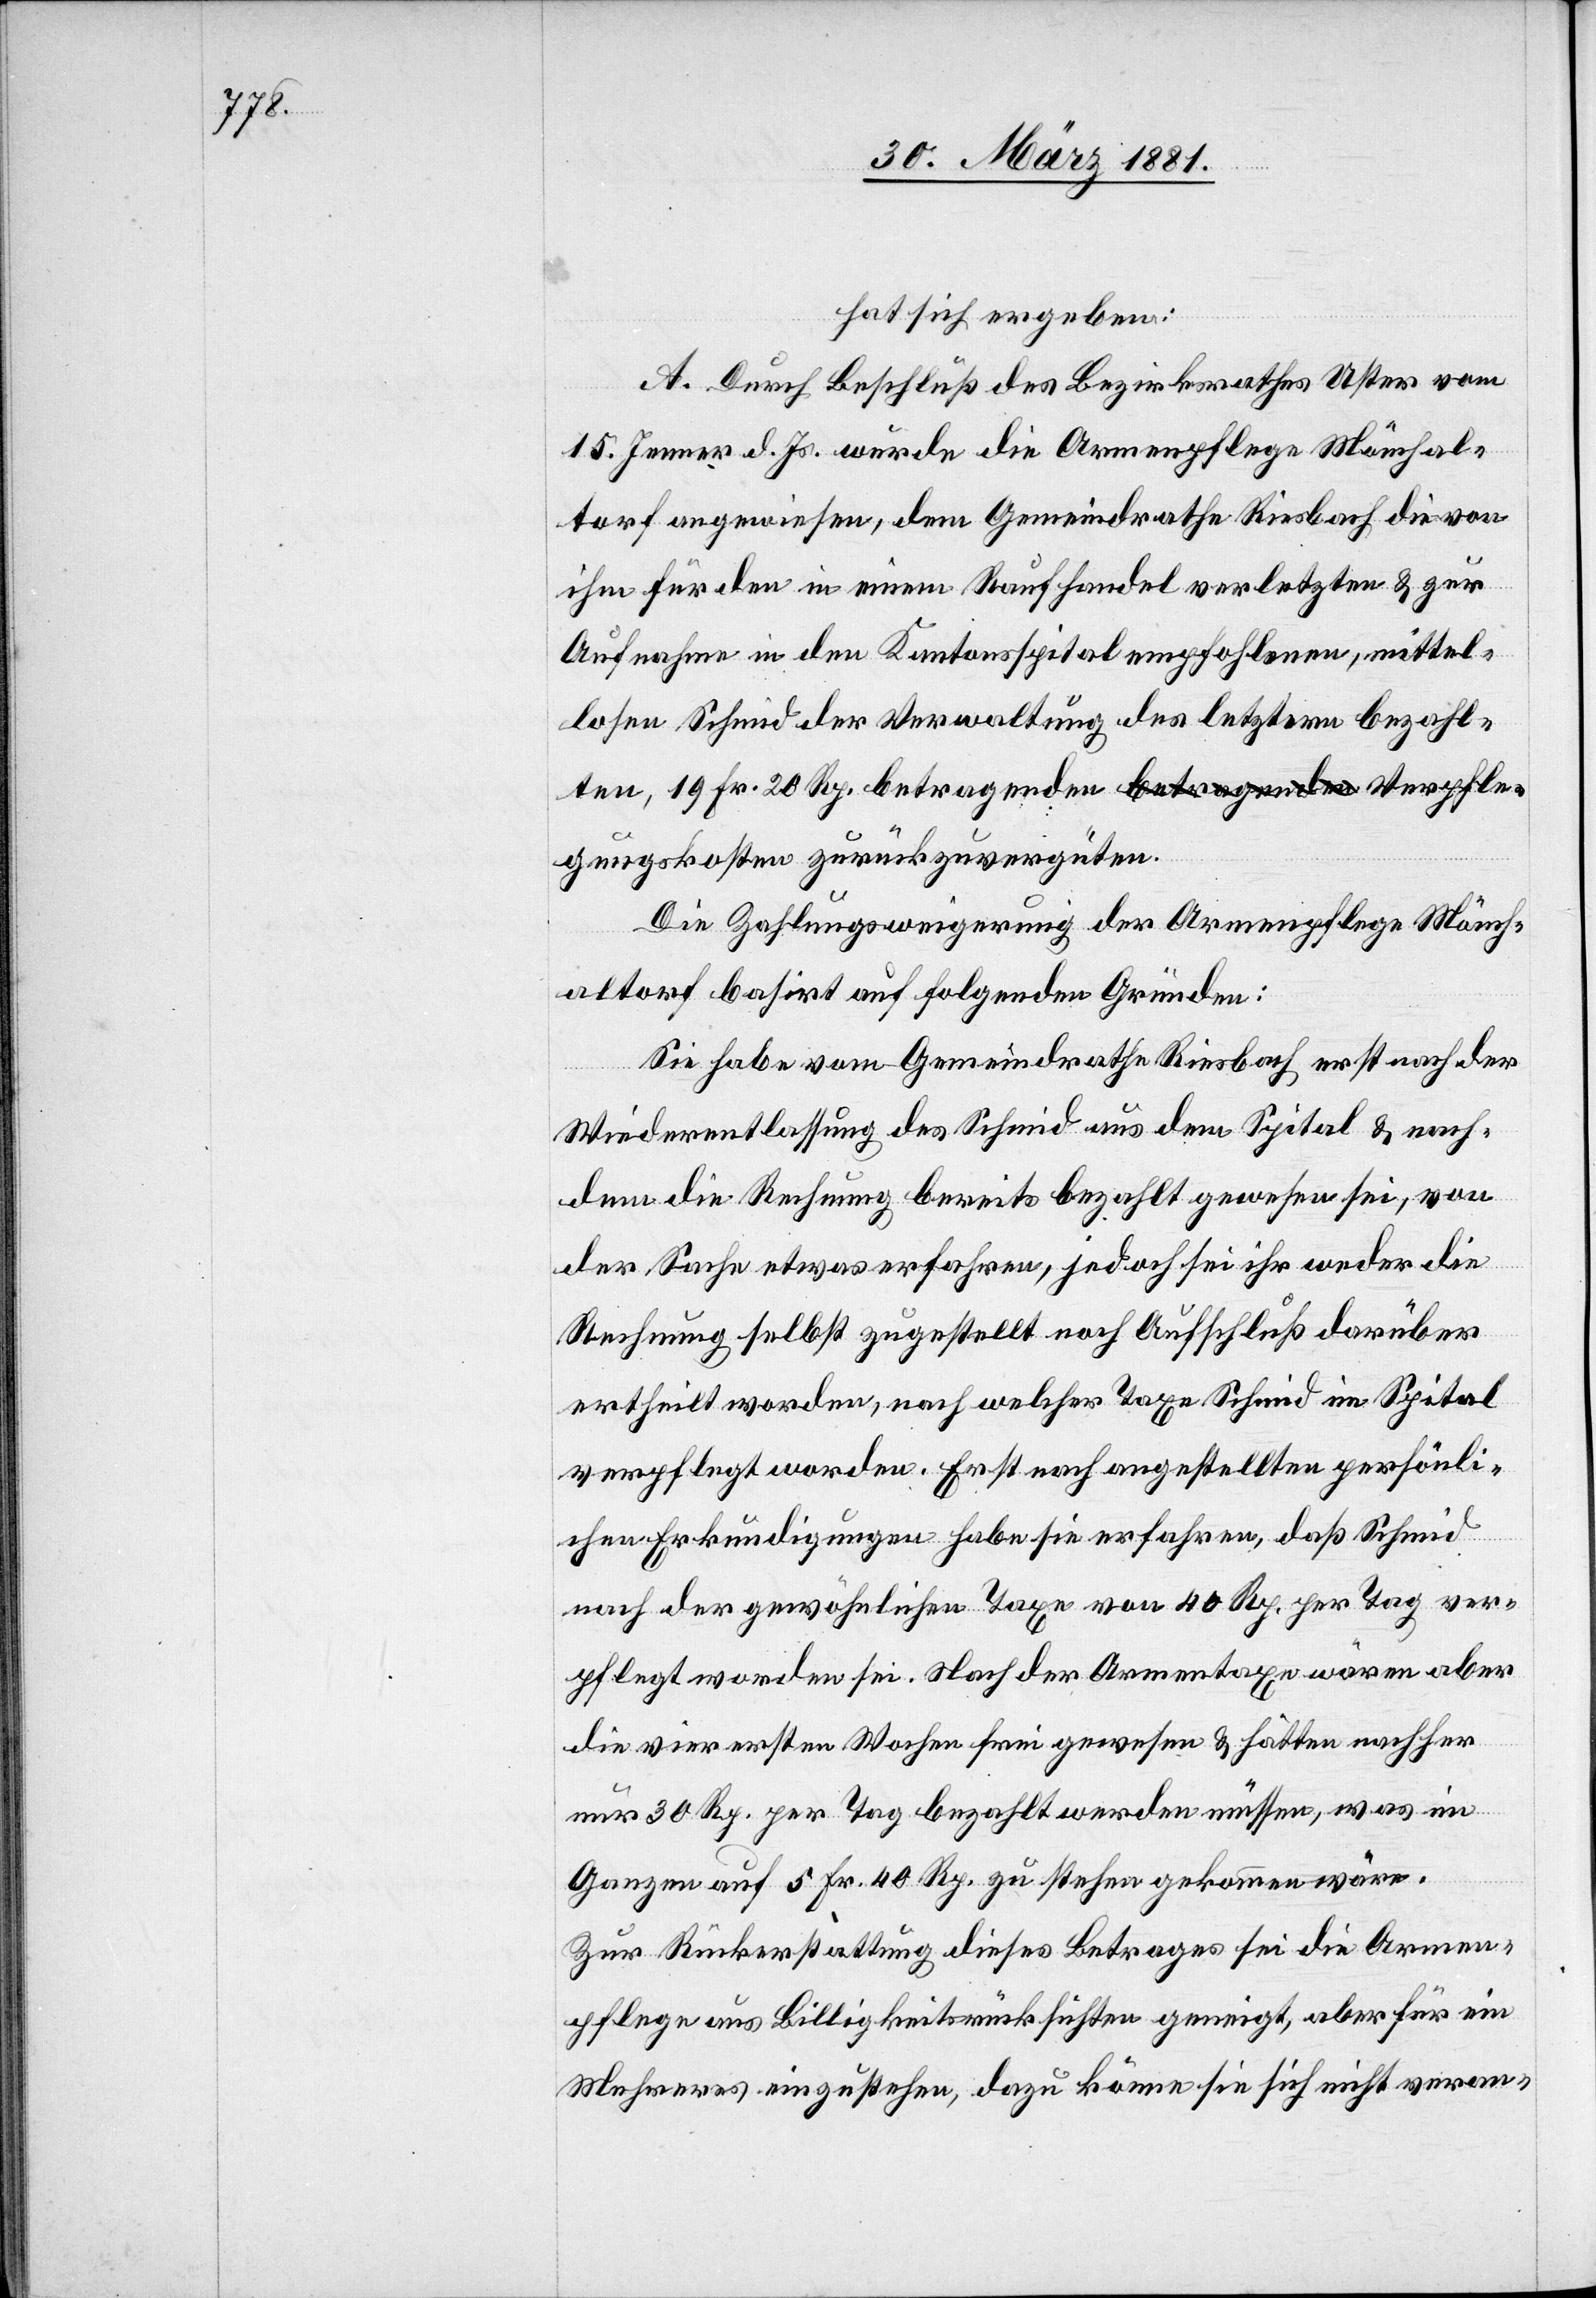
hat sich ergeben:
A. Durch Beschluß des Bezirksrathes Uster vom
15. Jenner d. Js. wurde die Armenpflege Mönchal¬
torf angewiesen, dem Gemeindrathe Riesbach die von
ihm für den in einem Raufhandel verletzten & zur
Aufnahme in den Kantonsspital empfohlenen, mittel¬
losen Schmid der Verwaltung des letztern bezahl¬
ten, 19 Fr. 20 Rp. betragenden Verpflegungskoste¬
Die Zahlungsverweigerung der Armenpflege Mönch¬
altorf basirt auf folgenden Gründen:
Sie habe vom Gemeindrathe Riesbach erst nach der
Wiederentlassung des Schmid aus dem Spital & nach¬
dem die Rechnung bereits bezahlt gewesen sei, von
der Sache etwas erfahren, jedoch sei ihr weder die
Rechnung selbst zugestellt noch Aufschluß darüber
ertheilt worden, nach welcher Taxe Schmid im Spital
verpflegt worden. Erst nach angestellten persönli¬
chen Erkundigungen habe sie erfahren, daß Schmid
nach der gewöhnlichen Taxe von 40 Rp. per Tag ver¬
pflegt worden sei. Nach der Armentaxe wären aber
die vier ersten Wochen frei gewesen & hätten nachher
nur 30 Rp. per Tag bezahlt werden müssen, was im
Ganzen auf 5 Fr. 40 Rp. zu stehen gekommen wäre.
Zur Rückerstattung dieses Betrages sei die Armen¬
pflege aus Billigkeitsrücksichten geneigt, aber für ein
Mehreres einzustehen, dazu könne sie sich nicht veran-

n